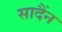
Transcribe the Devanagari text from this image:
सादैंन